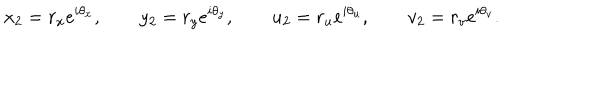
x _ { 2 } = r _ { x } e ^ { i \theta _ { x } } , \qquad y _ { 2 } = r _ { y } e ^ { i \theta _ { y } } , \qquad u _ { 2 } = r _ { u } e ^ { i \theta _ { u } } , \qquad v _ { 2 } = r _ { v } e ^ { i \theta _ { v } } .